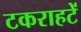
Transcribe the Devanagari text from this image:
टकराहटें